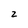
Character: 2